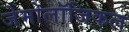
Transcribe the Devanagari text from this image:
जेमोलॉजिकल